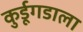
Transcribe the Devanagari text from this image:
कुर्डूगडाला